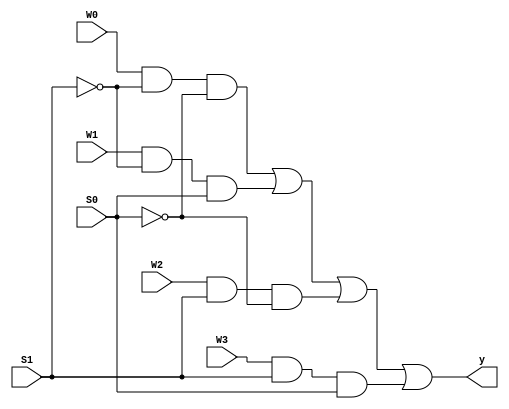
`timescale 1ns / 1ps
module MUXmodule(W3, W2, W1, W0, S1, S0, y);
	input W3, W2, W1, W0, S1, S0;
	output y;
	wire notS1, notS0;
	not NoS1(notS1, S1);
	not NoS0(notS0, S0);
	wire m0, m1, m2, m3;
	and minterm0(m0, W0, notS1, notS0);
	and minterm1(m1, W1, notS1, S0);
	and minterm2(m2, W2, S1, notS0);
	and minterm3(m3, W3, S1, S0);
	or out(y, m0, m1, m2, m3);

endmodule